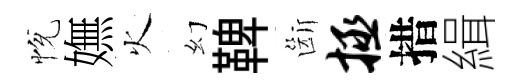
恱嫵火幻鞞斷拯措緝